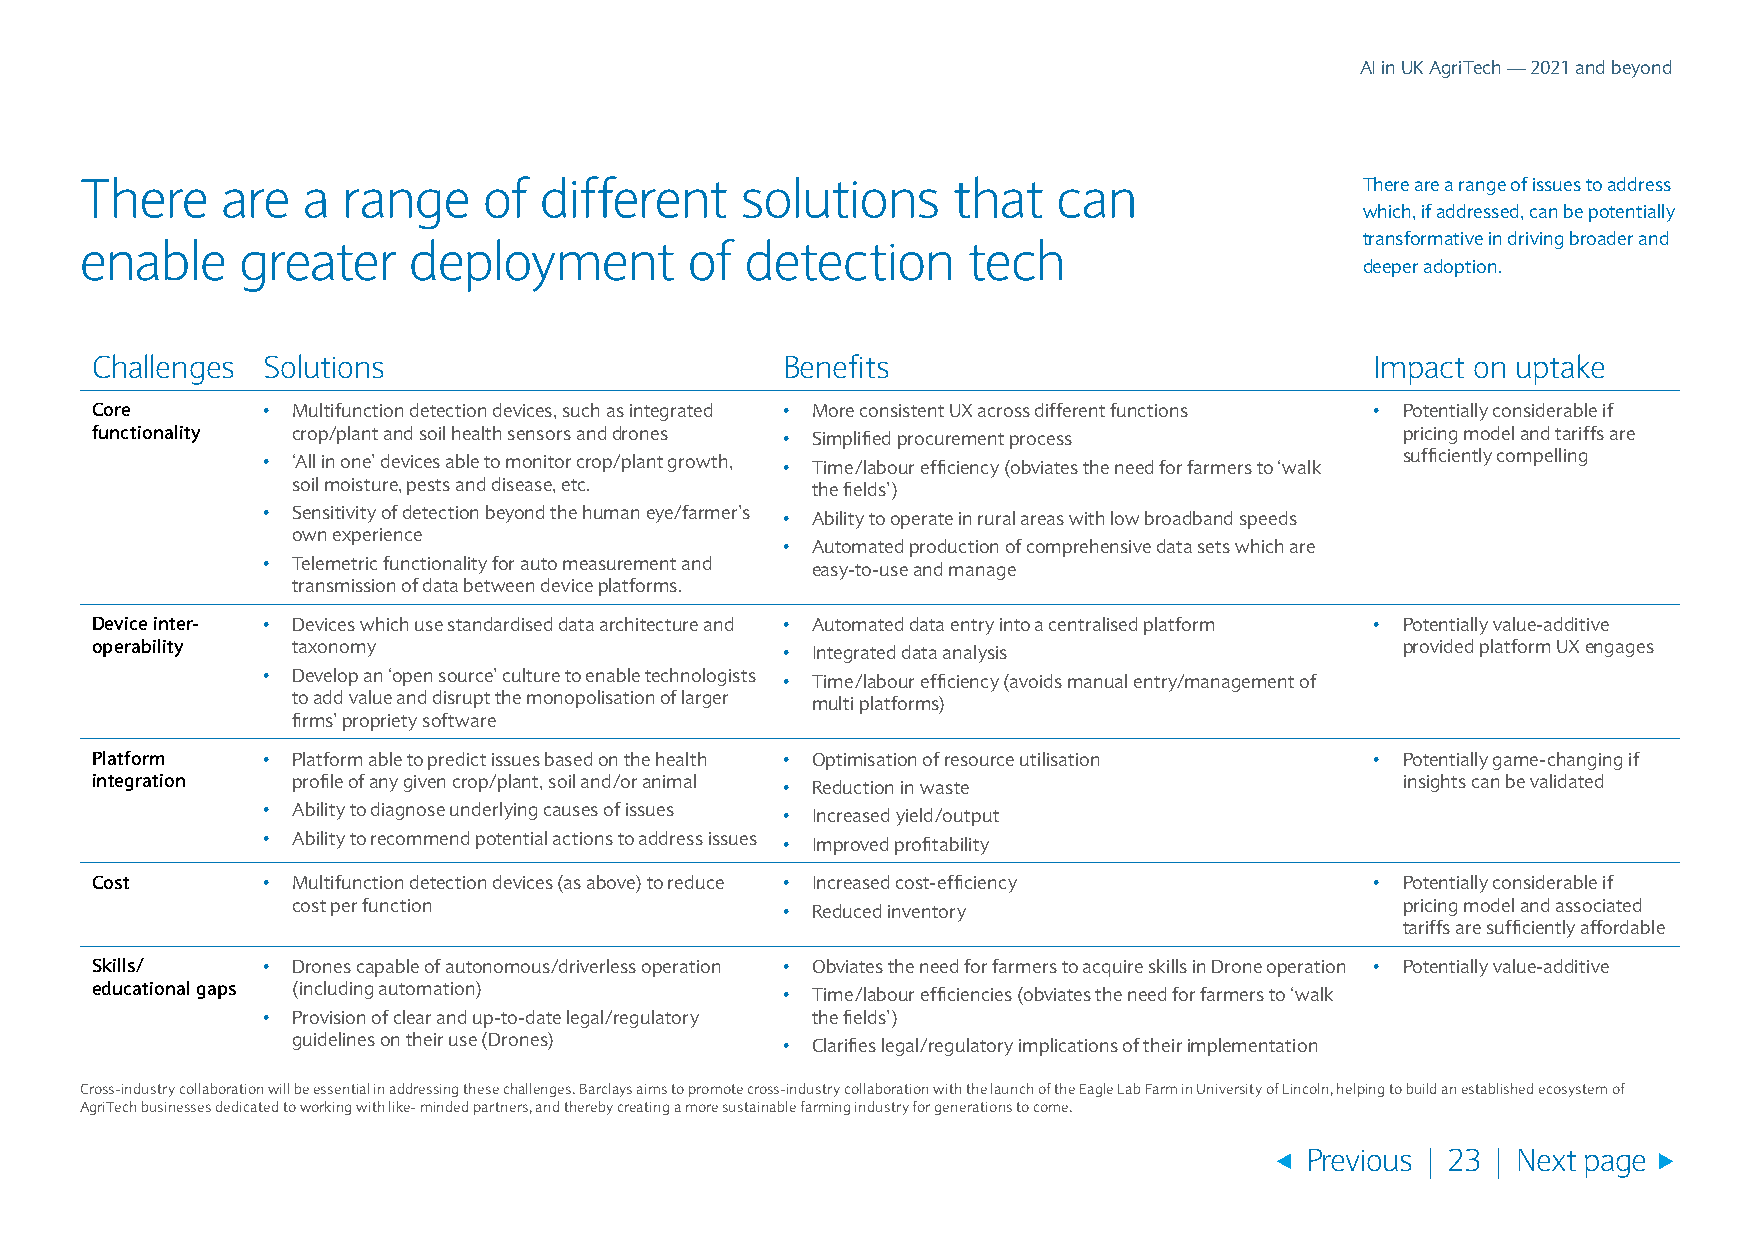
AI in UK AgriTech — 2021 and beyond
 There     are  a  range    of  different    solutions     that   can                 There are a range of issues to address
 which, if addressed, can be potentially
 transformative in driving broader and
 enable     greater    deployment         of detection      tech
 deeper adoption.
 Challenges Solutions                          Benefits                               Impact on uptake
 Core       • Multifunction detection devices, such as integrated • More consistent UX across different functions • Potentially considerable if
 functionality crop/plant and soil health sensors and drones • Simplified procurement process pricing model and tariffs are
 • ‘All in one’ devices able to monitor crop/plant growth, • Time/labour efficiency (obviates the need for farmers to ‘walk sufficiently compelling
 soil moisture, pests and disease, etc. the fields’)
 • Sensitivity of detection beyond the human eye/farmer’s • Ability to operate in rural areas with low broadband speeds
 own experience
 • Automated production of comprehensive data sets which are
 • Telemetric functionality for auto measurement and easy-to-use and manage
 transmission of data between device platforms.
 Device inter- • Devices which use standardised data architecture and • Automated data entry into a centralised platform • Potentially value-additive
 operability  taxonomy                         • Integrated data analysis               provided platform UX engages
 • Develop an ‘open source’ culture to enable technologists • Time/labour efficiency (avoids manual entry/management of
 to add value and disrupt the monopolisation of larger multi platforms)
 firms’ propriety software
 Platform   • Platform able to predict issues based on the health • Optimisation of resource utilisation • Potentially game-changing if
 integration  profile of any given crop/plant, soil and/or animal • Reduction in waste  insights can be validated
 • Ability to diagnose underlying causes of issues • Increased yield/output
 • Ability to recommend potential actions to address issues • Improved profitability
 Cost       • Multifunction detection devices (as above) to reduce • Increased cost-efficiency • Potentially considerable if
 cost per function                • Reduced inventory                      pricing model and associated
 tariffs are sufficiently affordable
 Skills/    • Drones capable of autonomous/driverless operation • Obviates the need for farmers to acquire skills in Drone operation • Potentially value-additive
 educational gaps (including automation)       • Time/labour efficiencies (obviates the need for farmers to ‘walk
 • Provision of clear and up-to-date legal/regulatory the fields’)
 guidelines on their use (Drones) • Clarifies legal/regulatory implications of their implementation
 Cross-industry collaboration will be essential in addressing these challenges. Barclays aims to promote cross-industry collaboration with the launch of the Eagle Lab Farm in University of Lincoln, helping to build an established ecosystem of
 AgriTech businesses dedicated to working with like- minded partners, and thereby creating a more sustainable farming industry for generations to come.
 Previous | 23 | Next page